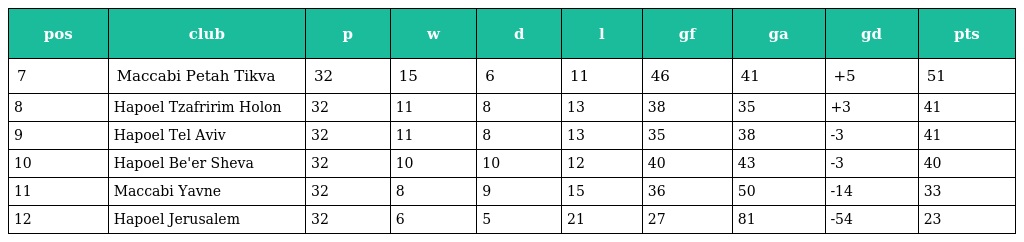
| pos | club | p | w | d | l | gf | ga | gd | pts |
 | --- | --- | --- | --- | --- | --- | --- | --- | --- | --- |
 | 7 | Maccabi Petah Tikva | 32 | 15 | 6 | 11 | 46 | 41 | +5 | 51 |
 | 8 | Hapoel Tzafririm Holon | 32 | 11 | 8 | 13 | 38 | 35 | +3 | 41 |
 | 9 | Hapoel Tel Aviv | 32 | 11 | 8 | 13 | 35 | 38 | -3 | 41 |
 | 10 | Hapoel Be'er Sheva | 32 | 10 | 10 | 12 | 40 | 43 | -3 | 40 |
 | 11 | Maccabi Yavne | 32 | 8 | 9 | 15 | 36 | 50 | -14 | 33 |
 | 12 | Hapoel Jerusalem | 32 | 6 | 5 | 21 | 27 | 81 | -54 | 23 |